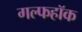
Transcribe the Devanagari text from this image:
गल्फहॉक